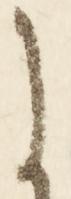
に